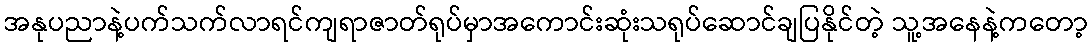
အနုပညာနဲ့ပက်သက်လာရင်ကျရာဇာတ်ရုပ်မှာအကောင်းဆုံးသရုပ်ဆောင်ချပြနိုင်တဲ့ သူ့အနေနဲ့ကတော့